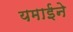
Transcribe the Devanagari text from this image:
यमाईने